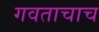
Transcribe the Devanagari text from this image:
गवताचाच